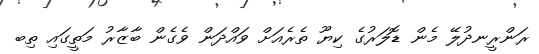
ރަންރީނދުލޭ މެން ޑޮލަރުގެ ކިޔޫ ތެރެއަށް ވައްދަން ވެގެން ބާޒާރު މަތީގައި ތިބ